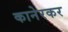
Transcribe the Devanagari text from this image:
कानेरकर